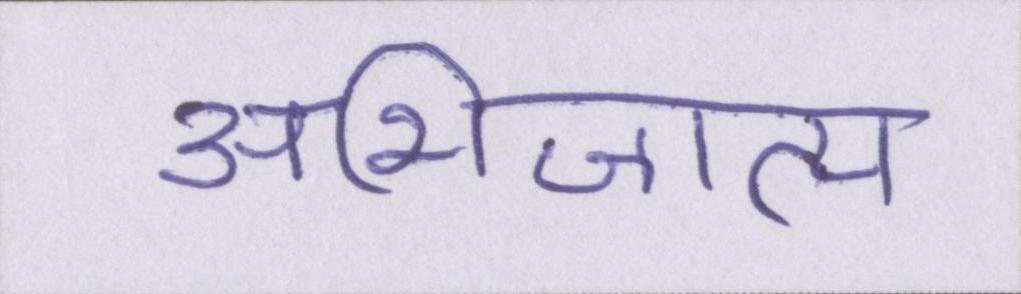
अभिजात्य